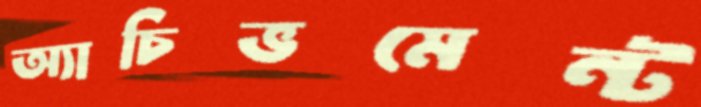
অ্যাচিভমেন্ট